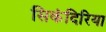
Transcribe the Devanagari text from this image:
सिकंदिरिया